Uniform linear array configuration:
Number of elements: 16
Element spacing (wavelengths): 0.25
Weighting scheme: exponential
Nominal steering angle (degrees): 60
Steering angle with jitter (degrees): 58.837
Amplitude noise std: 0.05
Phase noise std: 0.05

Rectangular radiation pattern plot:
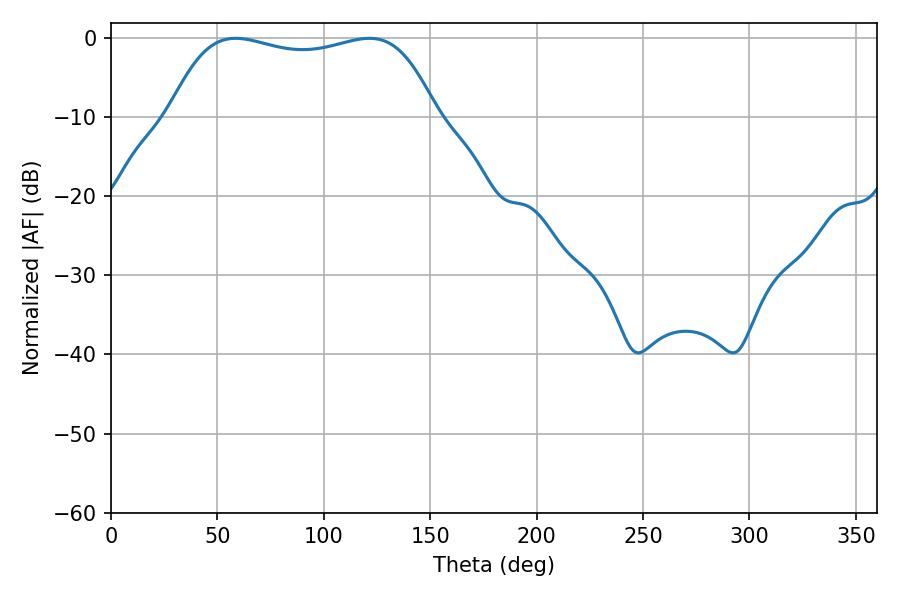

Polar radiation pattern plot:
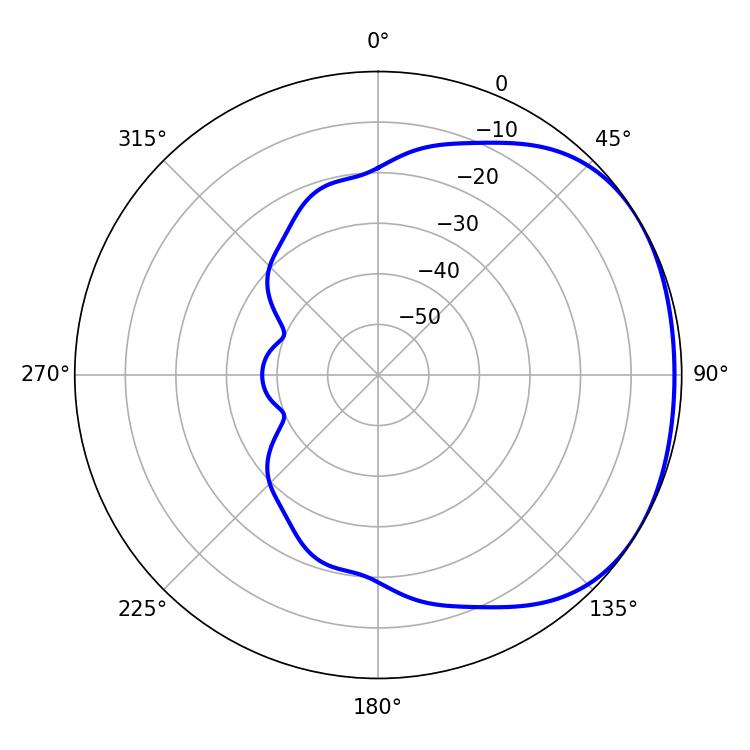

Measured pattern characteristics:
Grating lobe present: FALSE
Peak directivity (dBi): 1.614
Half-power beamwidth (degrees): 100.8
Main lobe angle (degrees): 58.5